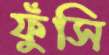
ফুঁসি